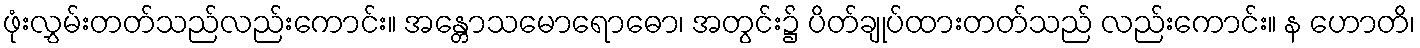
ဖုံးလွှမ်းတတ်သည်လည်းကောင်း။ အန္တောသမောရောဓော၊ အတွင်း၌ ပိတ်ချုပ်ထားတတ်သည် လည်းကောင်း။ န ဟောတိ၊